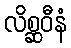
လိစ္ဆဝီနံ